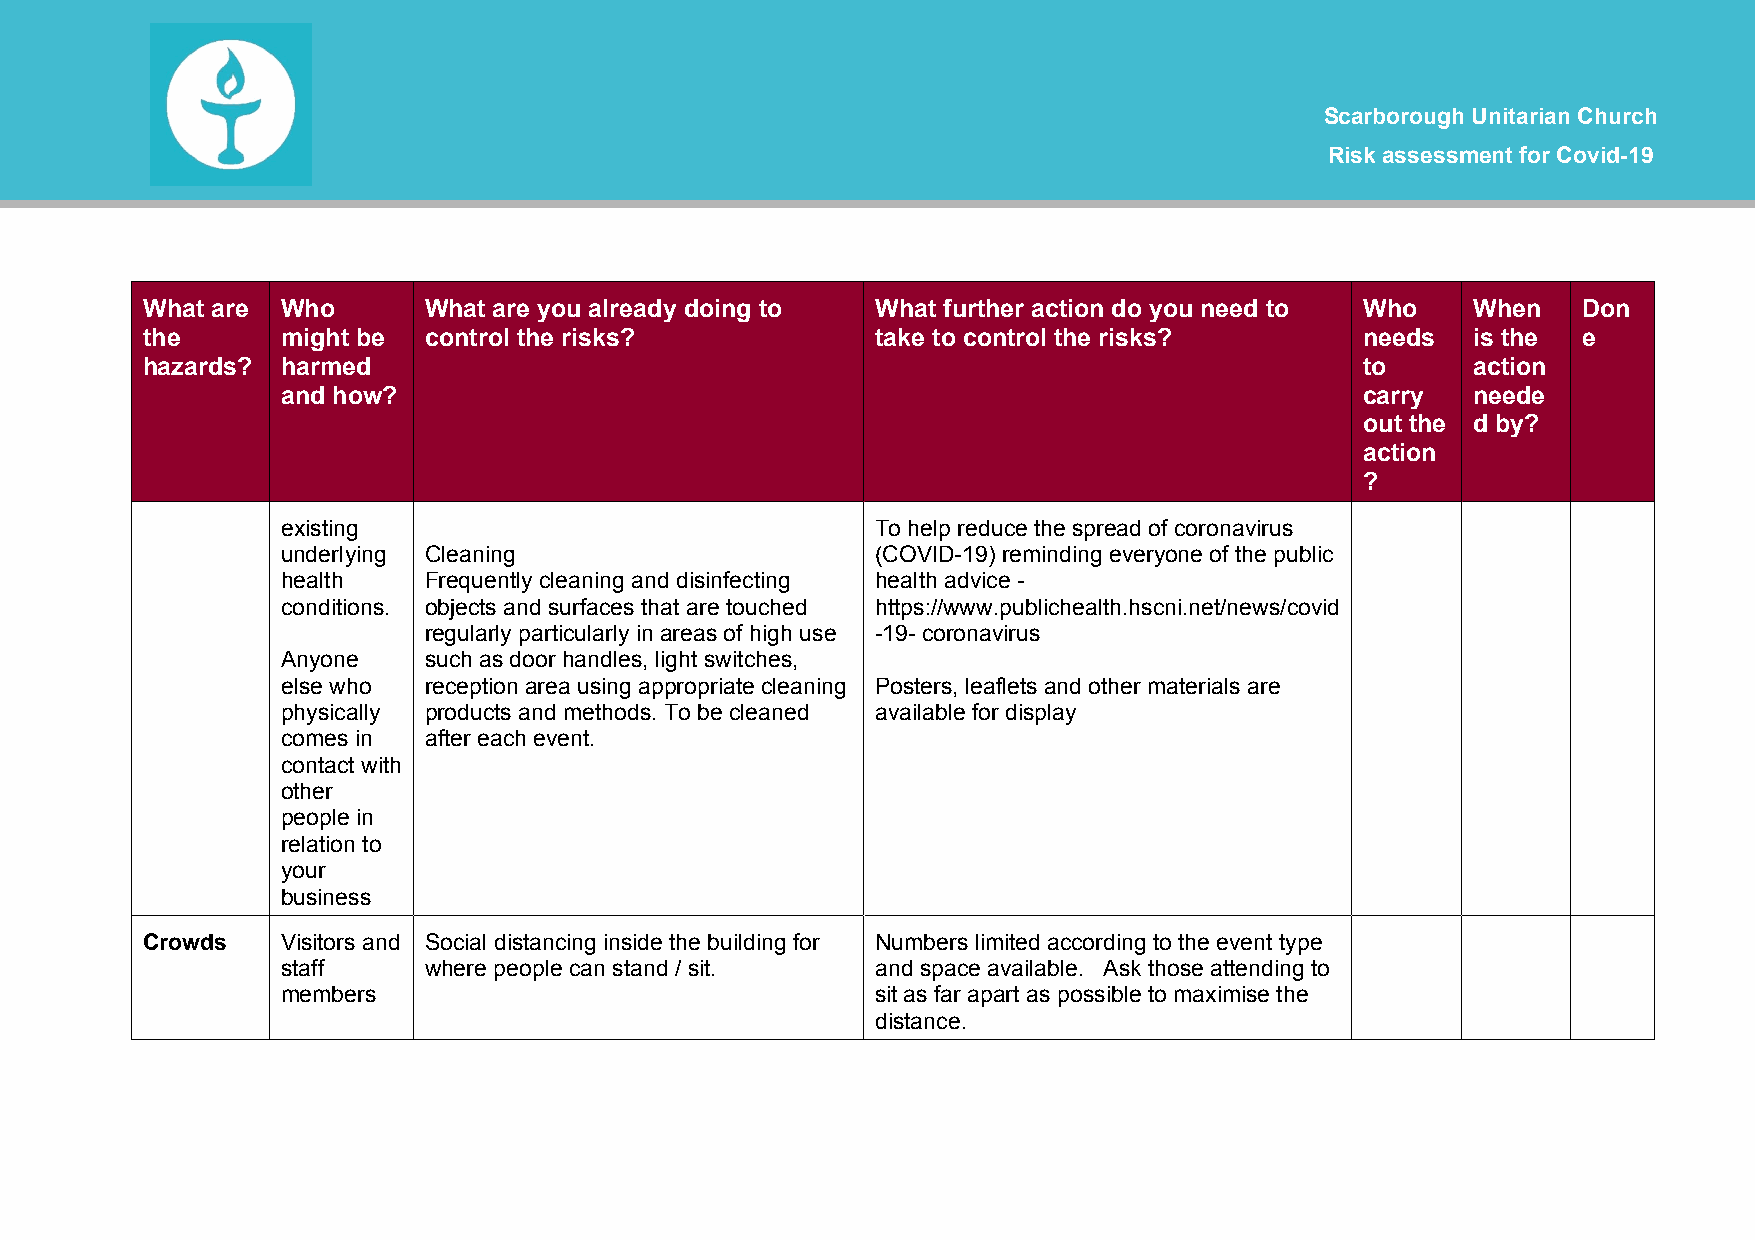
SSccaarrbboorroouugghh UUnniittaarriiaann CChhuurrcchh
 RRiisskk aasssseessssmmeenntt ffoorr CCoovviidd--1199
 What are  Who      What are you already doing to What further action do you need to Who When    Don
 the       might be control the risks?            take to control the risks?      needs  is the  e
 hazards?  harmed                                                                 to     action
 and how?                                                               carry  neede
 out the d by?
 action
 ?
 existing                               To help reduce the spread of coronavirus
 underlying Cleaning                    (COVID-19) reminding everyone of the public
 health   Frequently cleaning and disinfecting health advice -
 conditions. objects and surfaces that are touched https://www.publichealth.hscni.net/news/covid
 regularly particularly in areas of high use -19- coronavirus
 Anyone   such as door handles, light switches,
 else who reception area using appropriate cleaning Posters, leaflets and other materials are
 physically products and methods. To be cleaned available for display
 comes in after each event.
 contact with
 other
 people in
 relation to
 your
 business
 Crowds    Visitors and Social distancing inside the building for Numbers limited according to the event type
 staff    where people can stand / sit. and space available. Ask those attending to
 members                                sit as far apart as possible to maximise the
 distance.